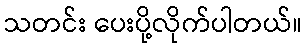
သတင်း ပေးပို့လိုက်ပါတယ်။